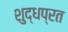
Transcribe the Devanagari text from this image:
शुद्धप्रत